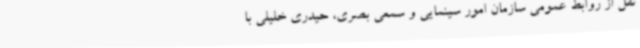
نقل از روابط عمومی سازمان امور سینمایی و سمعی بصری، حیدری خلیلی با